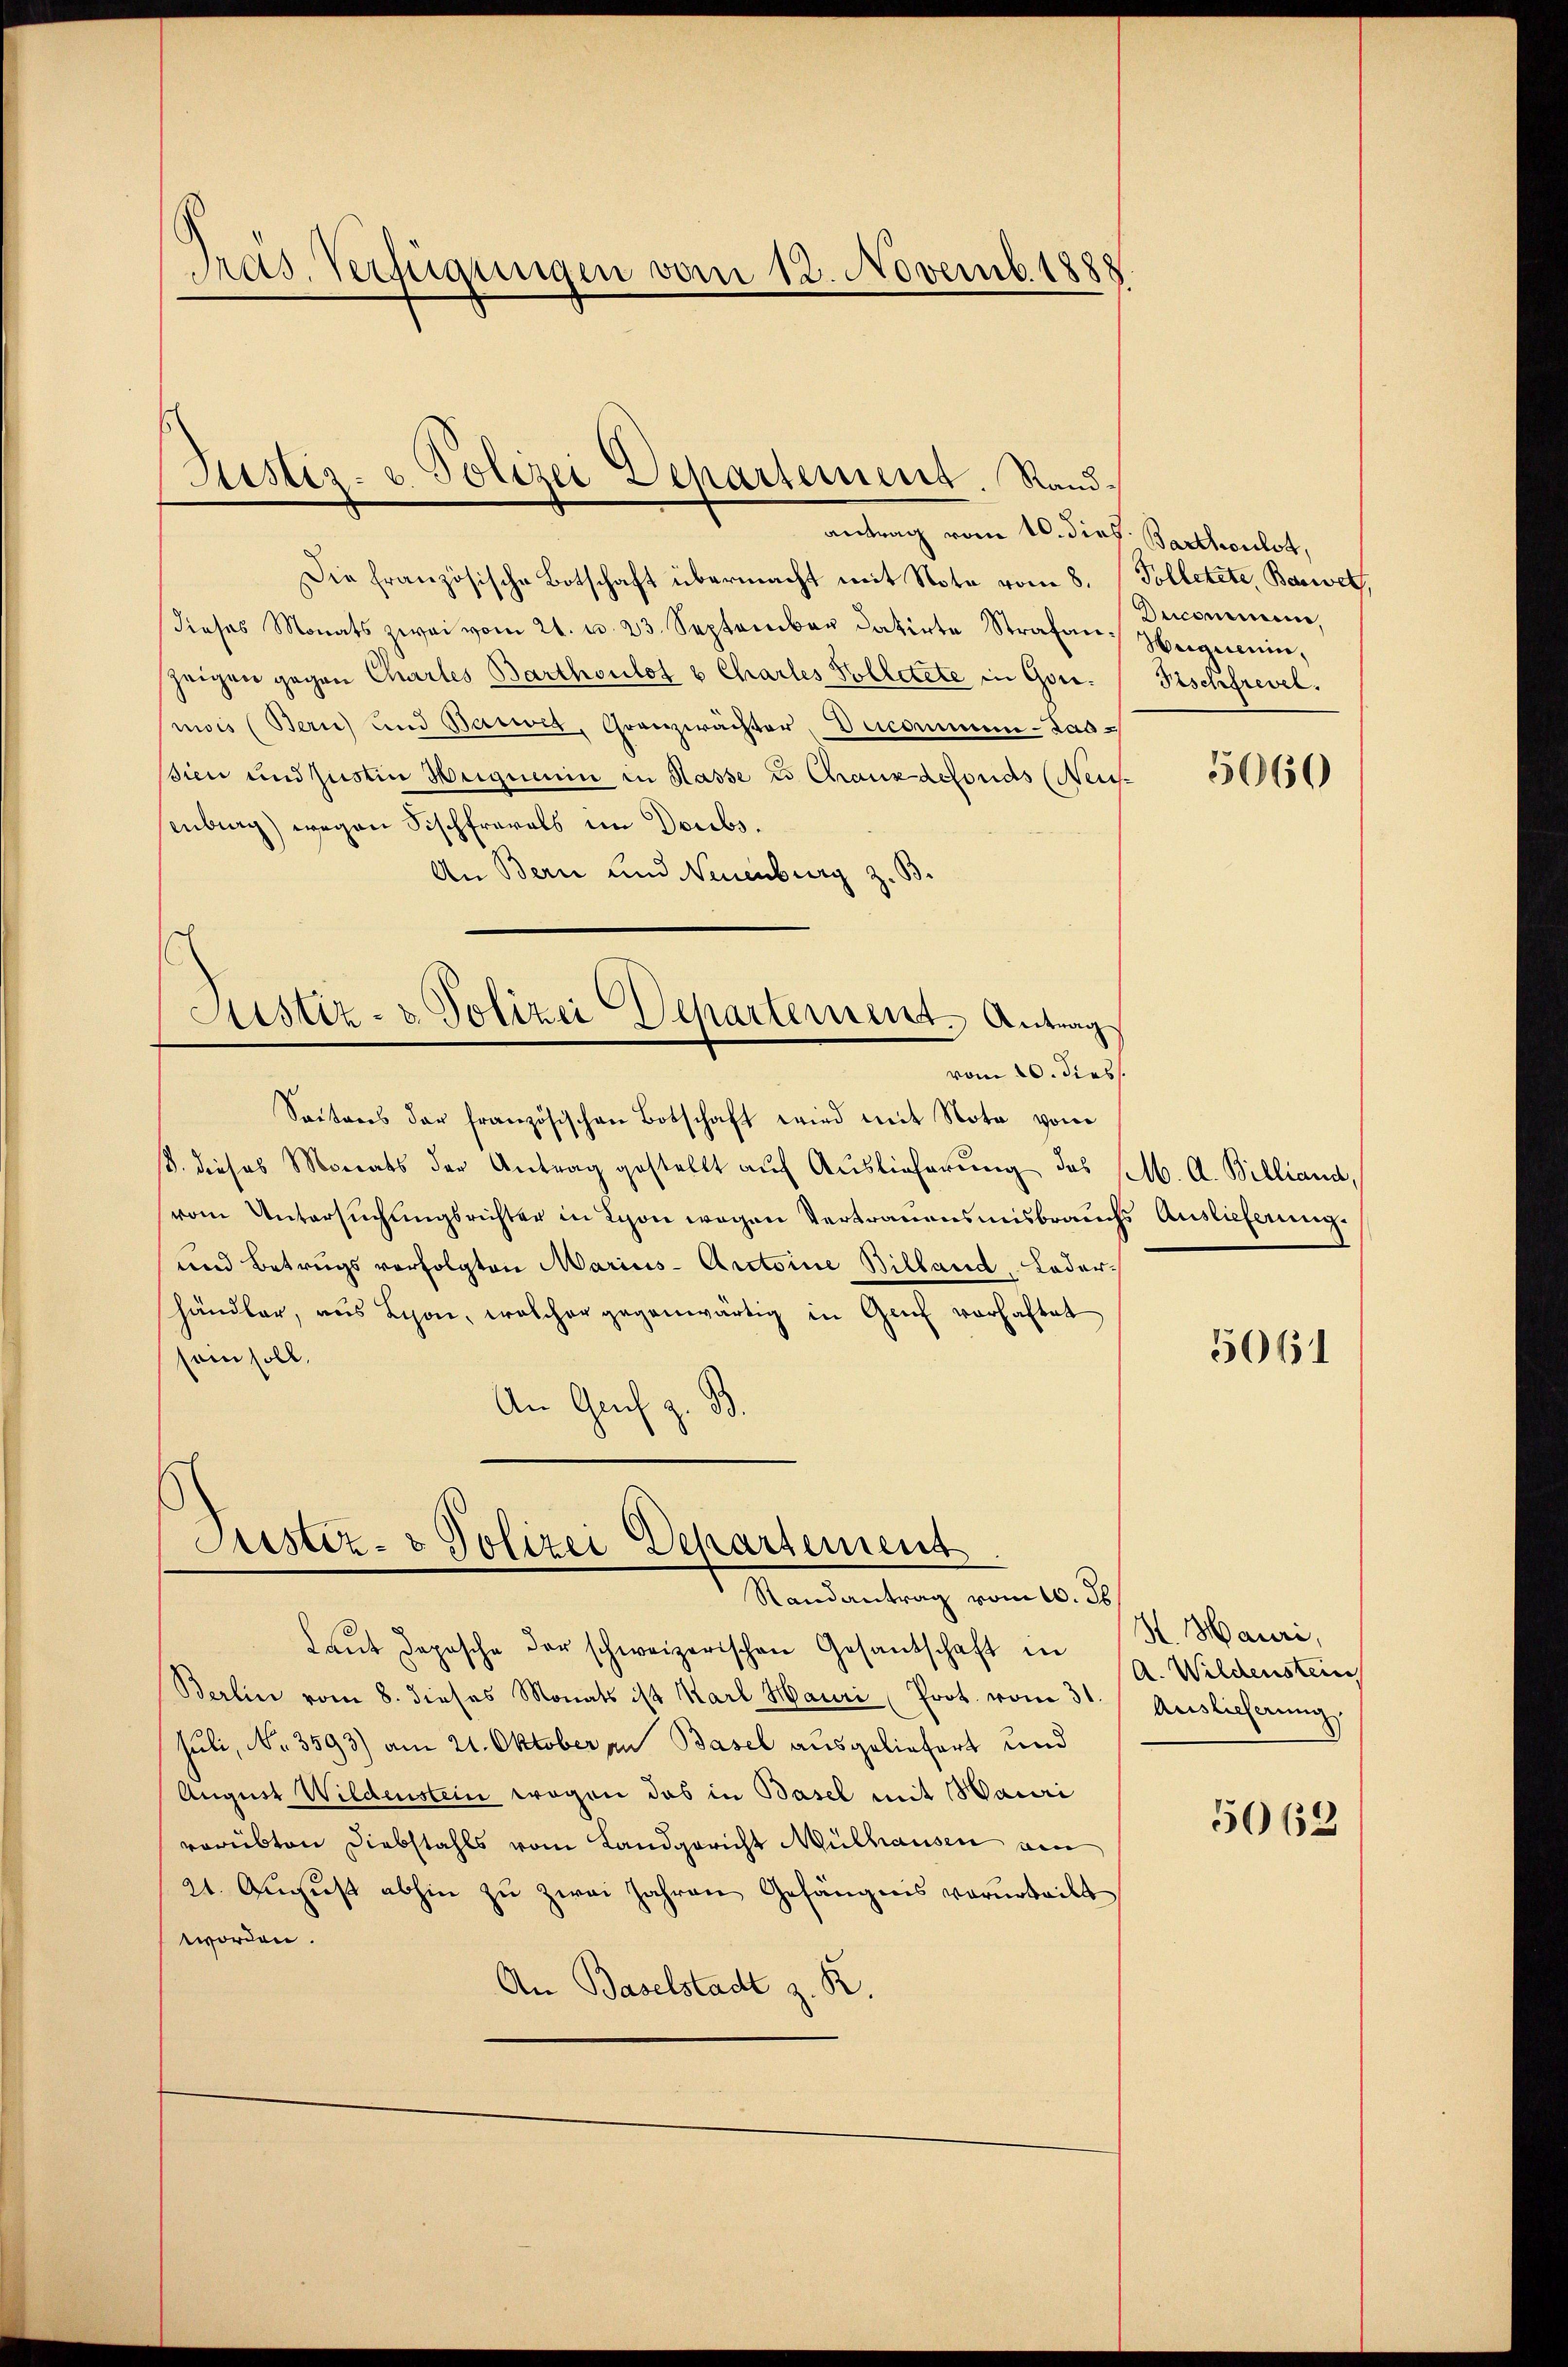
Pras. Verfügungen vom 12. Novemb. 1888

Justiz- u. Polizei Departement. Rand¬

antrag vom 10. dies
Die französische Botschaft übermacht mit Note vom 8.
dieses Monats zwei vom 21. u. 23. September datirte Strafan-
zeigen gegen Chartes Barthoulot u Charles Volletete in Goumois (Bern) und Bauwet, Granzwächter, Decommen-Lassien und Justin Heignerin in Hasse u Chauxdefonds (Neu
senberg) wegen Fischfrarals im Drubs.
An Bern und Neuenburg z. B.
s
Justiz- & Polizei Departement. Antrag
vom 20. diess.
Seitens der französischen Botschaft wird mit Note vom
ß. dieses Monats der Antrag gestellt auf Auslieferung das
vom Untersuchungsrichter in Lyon wegen Vertrauensmisbrauch
und Betrugs verfolgten Marius-Arctoine Billand Lederhändler, aus Lyon, welcher gegenwärtig in Genf vorhaftet
sein soll.
An Graf z. B.

Justiz- & Polizei Departement
Randantrag vom 10. d.

Laŭt deposche der schweizerischen Gesandschaft in
Berlin vom 8. dieses Monats ist Karl Hauri Prot. vom 31. Auslieferung
Juli, No. 3593) am 21. Oktober an Basel ausgeliefert und
August Wildenstein wegen das in Basel mit Sauri
verübten Diebstahls vom Landgericht Mülhausen am
21. Aŭgŭst abhin zu zwei Jahren Gefängnis verurteilt
worden.
An Baselstadt z. R.

Barthoulot,
Tolletete, Bauwet,
Ducommene,
Heguenin,
Fischfrevel.

5060

M. A. Billiand,
fs Auslieferung.

5061

H. Hauri,
A. Wildenstein

5062